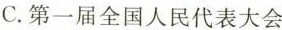
C.第一届全国人民代表大会